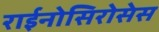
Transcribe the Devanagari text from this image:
राईनोसिरोसेस